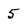
Character: 5